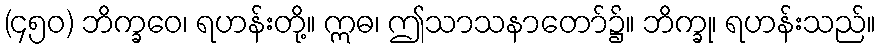
(၄၅၀) ဘိက္ခဝေ၊ ရဟန်းတို့။ ဣဓ၊ ဤသာသနာတော်၌။ ဘိက္ခု၊ ရဟန်းသည်။